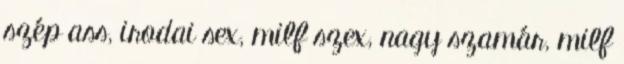
szép ass, irodai sex, milf szex, nagy szamár, milf